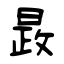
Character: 晸